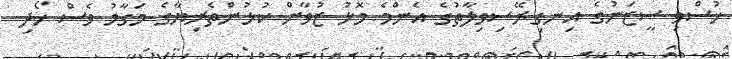
ހުސްވި ސީޒަނުގެ އިނގިރޭސިވިލާތުގެ އެންމެ މޮޅު ޒުވާން ކުޅުންތެރިޔާގެ މަގާމު ވެސް ހޯދި